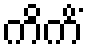
ကိကိံ